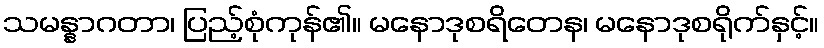
သမန္နာဂတာ၊ ပြည့်စုံကုန်၏။ မနောဒုစရိတေန၊ မနောဒုစရိုက်နှင့်။